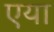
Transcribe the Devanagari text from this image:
एया